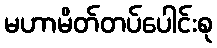
မဟာမိတ်တပ်ပေါင်းစု